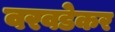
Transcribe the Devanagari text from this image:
वरवडेकर